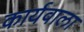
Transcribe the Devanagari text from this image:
कार्यवाला